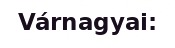
Várnagyai: